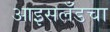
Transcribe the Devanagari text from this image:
आइसलँडचा